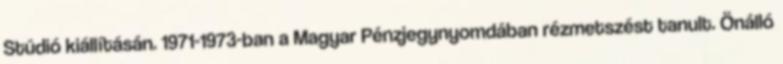
Stúdió kiállításán. 1971-1973-ban a Magyar Pénzjegynyomdában rézmetszést tanult. Önálló